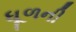
ધૂળની